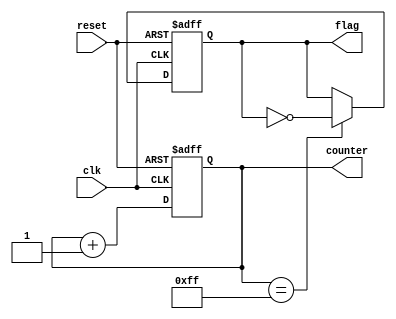
module clock_cycle_initialization (
    input wire clk,             // Clock signal
    input wire reset,           // Reset signal
    output reg [7:0] counter,   // Example internal state variable (8-bit counter)
    output reg flag             // Example internal state variable (flag)
);

// Initialization of internal state variables
initial begin
    counter = 8'b0;            // Initialize counter to 0
    flag = 1'b0;               // Initialize flag to 0
end

// Always block for synchronous reset and clock operations
always @(posedge clk or posedge reset) begin
    if (reset) begin
        // Reset condition: Initialize state variables
        counter <= 8'b0;       // Reset counter to 0
        flag <= 1'b0;          // Reset flag to 0
    end else begin
        // Normal operation on clock edge
        counter <= counter + 1; // Increment counter
        // Additional operations can be added here
        // Example: flag toggling based on counter value
        if (counter == 8'd255) begin
            flag <= ~flag;      // Toggle flag when counter reaches 255
        end
    end
end

endmodule